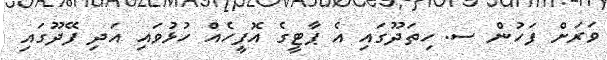
ވަރަށް ފަހުން ސ. ހިތަދޫގައި އެ ޕާޓީގެ އޮފީހެއް ހުޅުވައި އަދި ފޭދޫގައި